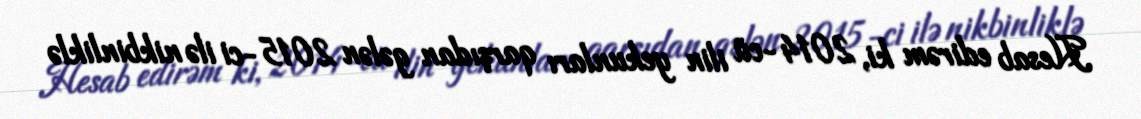
Hesab edirəm ki, 2014-cü ilin yekunları qarşıdan gələn 2015-ci ilə nikbinliklə